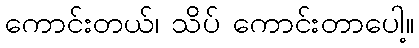
ကောင်းတယ်၊ သိပ် ကောင်းတာပေါ့။